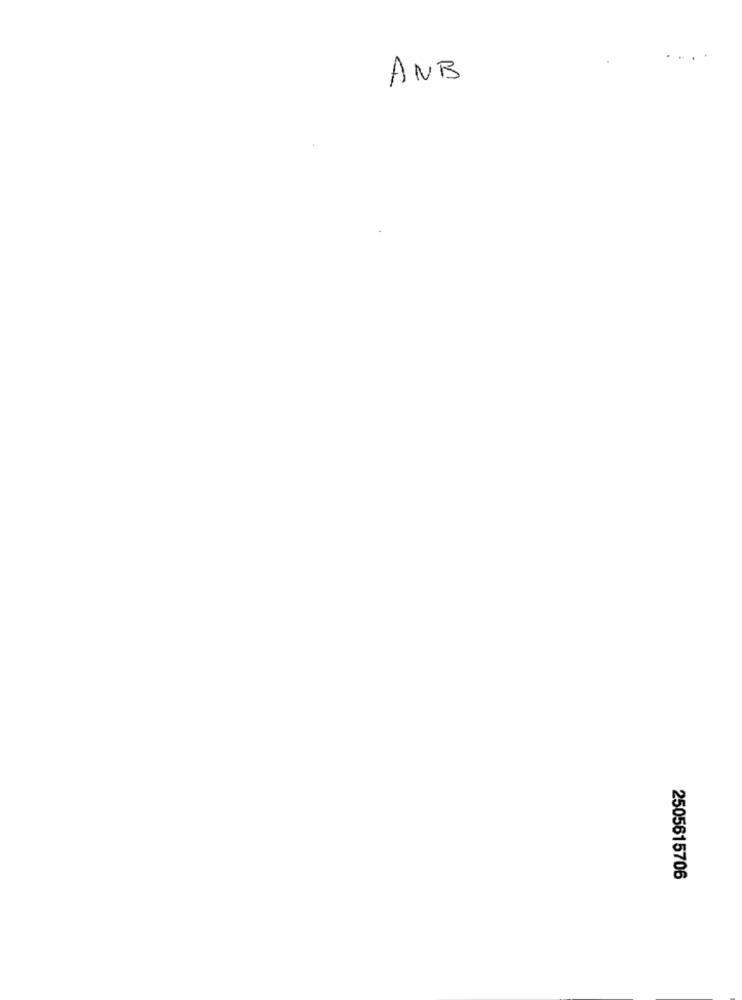
ANB
2505615706